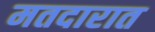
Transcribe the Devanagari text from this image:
मतदारात